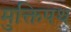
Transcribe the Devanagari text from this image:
मुक्तिपथ